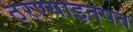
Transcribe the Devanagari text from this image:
ठरण्याइतपत